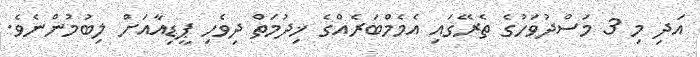
އަދި މި 3 މަސްދުވަހުގެ ތެރޭގައި އެމެމްބަރެއްގެ ޚިދުމަތް ދިވެހި ޕީޑިއާއަށް ލިބުމުންނެވެ.